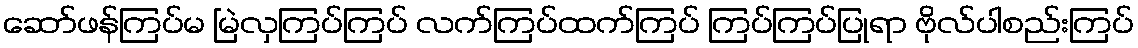
ဆော်ဖန်ကြပ်မ မြဲလှကြပ်ကြပ် လက်ကြပ်ထက်ကြပ် ကြပ်ကြပ်ပြုရာ ဗိုလ်ပါစည်းကြပ်